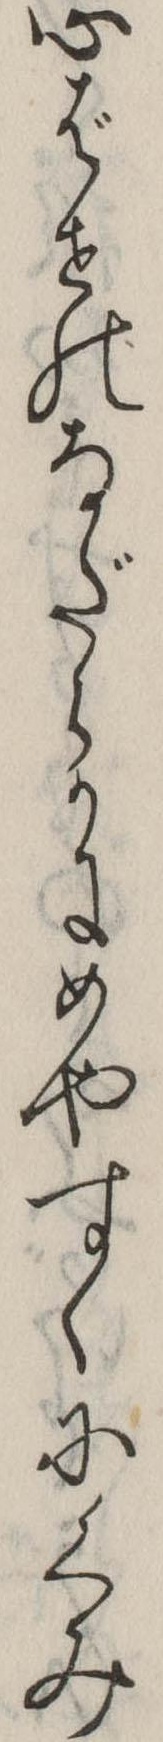
心ばせのなだらかにめやすくにくみ